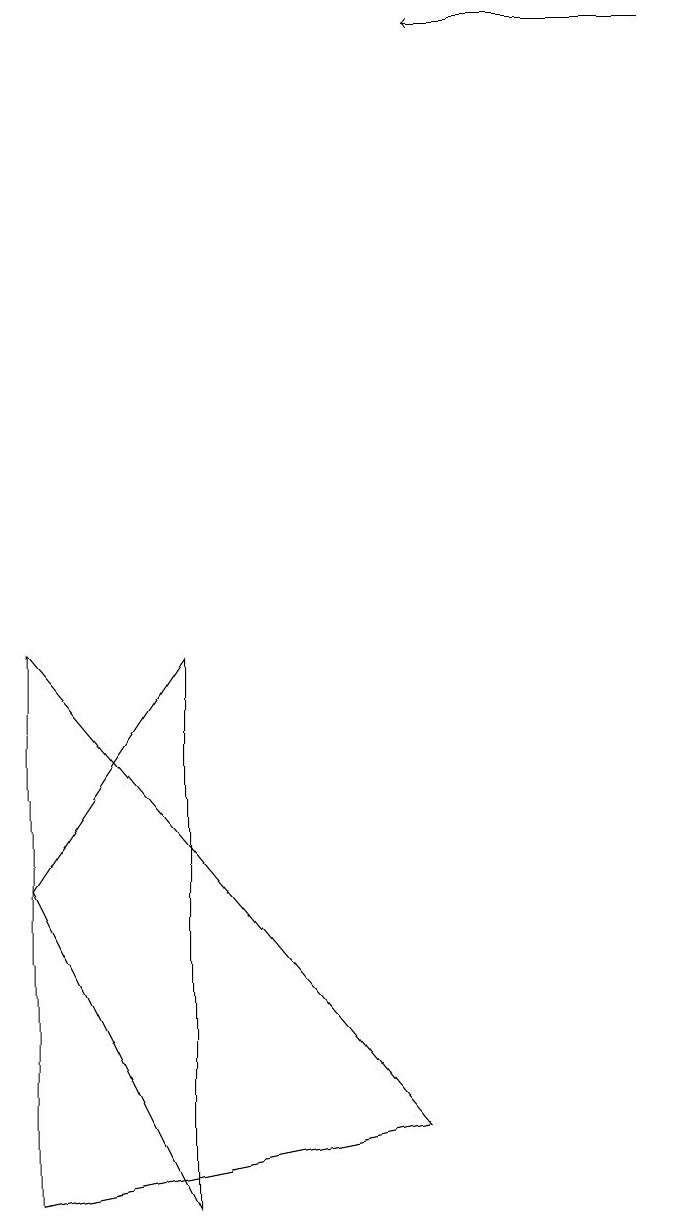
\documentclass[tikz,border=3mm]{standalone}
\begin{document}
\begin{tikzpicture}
\draw (3,9) -- (3,2) -- (1,6) -- cycle;
\draw (1,2) -- (6,3) -- (1,9) -- cycle;
\draw[->] (9,17) -- (6,17);
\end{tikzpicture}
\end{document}